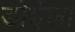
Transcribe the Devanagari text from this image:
डोईला